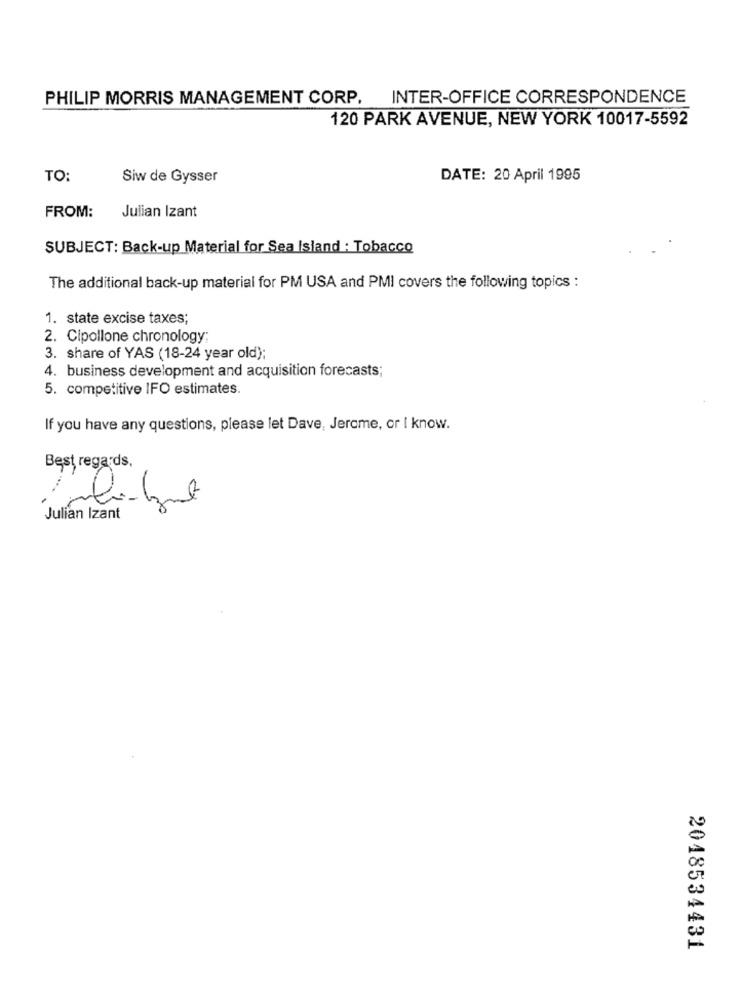
PHILIP MORRIS MANAGEMENT CORP. INTER-OFFICE CORRESPONDENCE
120 PARK AVENUE, NEW YORK 10017-5592
TO:
Siw de Gysser
DATE: 20 April 1995
FROM:
Julian Izant
SUBJECT: Back-up Material for Sea Island : Tobacco
The additional back-up material for PM USA and PMI covers the following topics :
1. state excise taxes;
2. Cipollone chronology;
3. share of YAS (18-24 year old);
4. business development and acquisition forecasts;
5. competitive IFO estimates.
If you have any questions, please let Dave, Jerome, or I know.
Best regards,
Julian Izant
2048534431